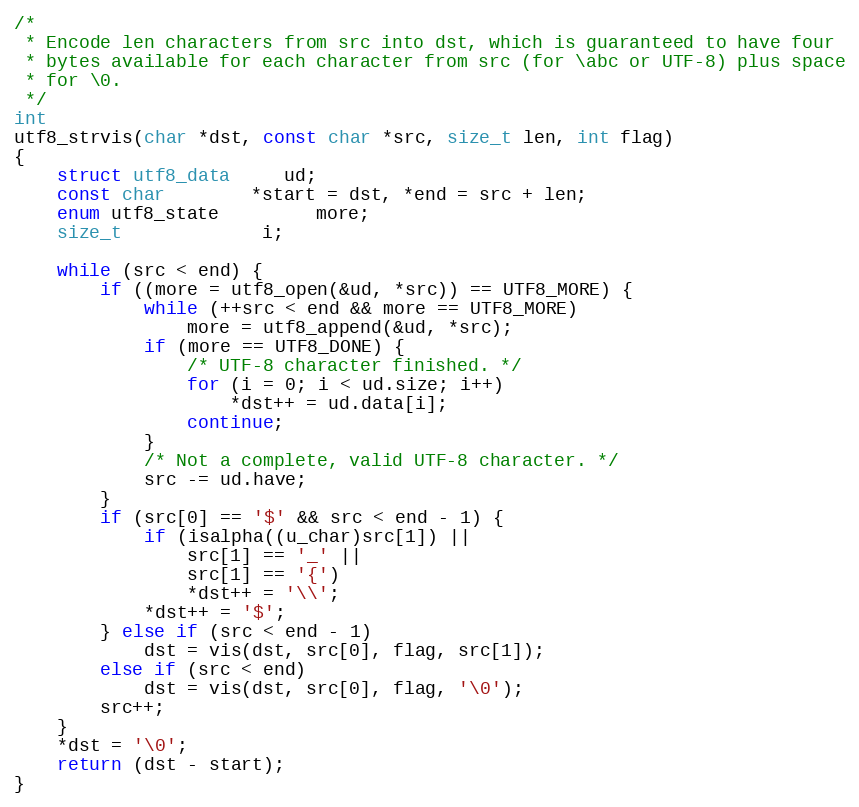
Language: C
/*
 * Encode len characters from src into dst, which is guaranteed to have four
 * bytes available for each character from src (for \abc or UTF-8) plus space
 * for \0.
 */
int
utf8_strvis(char *dst, const char *src, size_t len, int flag)
{
	struct utf8_data	 ud;
	const char		*start = dst, *end = src + len;
	enum utf8_state		 more;
	size_t			 i;

	while (src < end) {
		if ((more = utf8_open(&ud, *src)) == UTF8_MORE) {
			while (++src < end && more == UTF8_MORE)
				more = utf8_append(&ud, *src);
			if (more == UTF8_DONE) {
				/* UTF-8 character finished. */
				for (i = 0; i < ud.size; i++)
					*dst++ = ud.data[i];
				continue;
			}
			/* Not a complete, valid UTF-8 character. */
			src -= ud.have;
		}
		if (src[0] == '$' && src < end - 1) {
			if (isalpha((u_char)src[1]) ||
			    src[1] == '_' ||
			    src[1] == '{')
				*dst++ = '\\';
			*dst++ = '$';
		} else if (src < end - 1)
			dst = vis(dst, src[0], flag, src[1]);
		else if (src < end)
			dst = vis(dst, src[0], flag, '\0');
		src++;
	}
	*dst = '\0';
	return (dst - start);
}